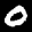
Label: 0